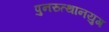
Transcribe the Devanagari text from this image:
पुनरुत्थानयुग